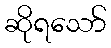
ဆိုရသော်